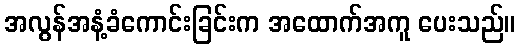
အလွန်အနံ့ခံကောင်းခြင်းက အထောက်အကူ ပေးသည်။